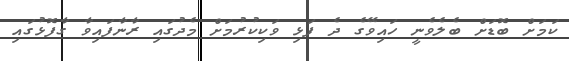
ކަމަށް ބޮޑަށް ބެލެވެނީ ހައިވޭގެ ދެ ފަޅި ވަކިކުރުމަށް މެދުގައި ރާނާފައިވާ ގާފޮޅުގައި